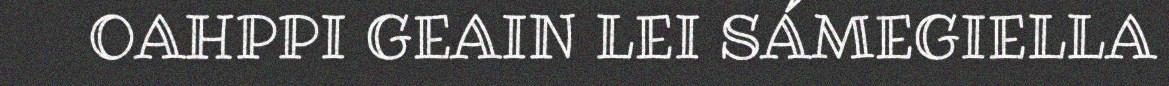
OAHPPI GEAIN LEI SÁMEGIELLA